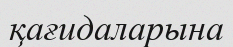
қағидаларына